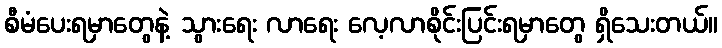
စီမံပေးရမှာတွေနဲ့ သွားရေး လာရေး လေ့လာစိုင်းပြင်းရမှာတွေ ရှိသေးတယ်။